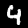
Label: 4